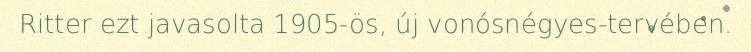
Ritter ezt javasolta 1905-ös, új vonósnégyes-tervében.